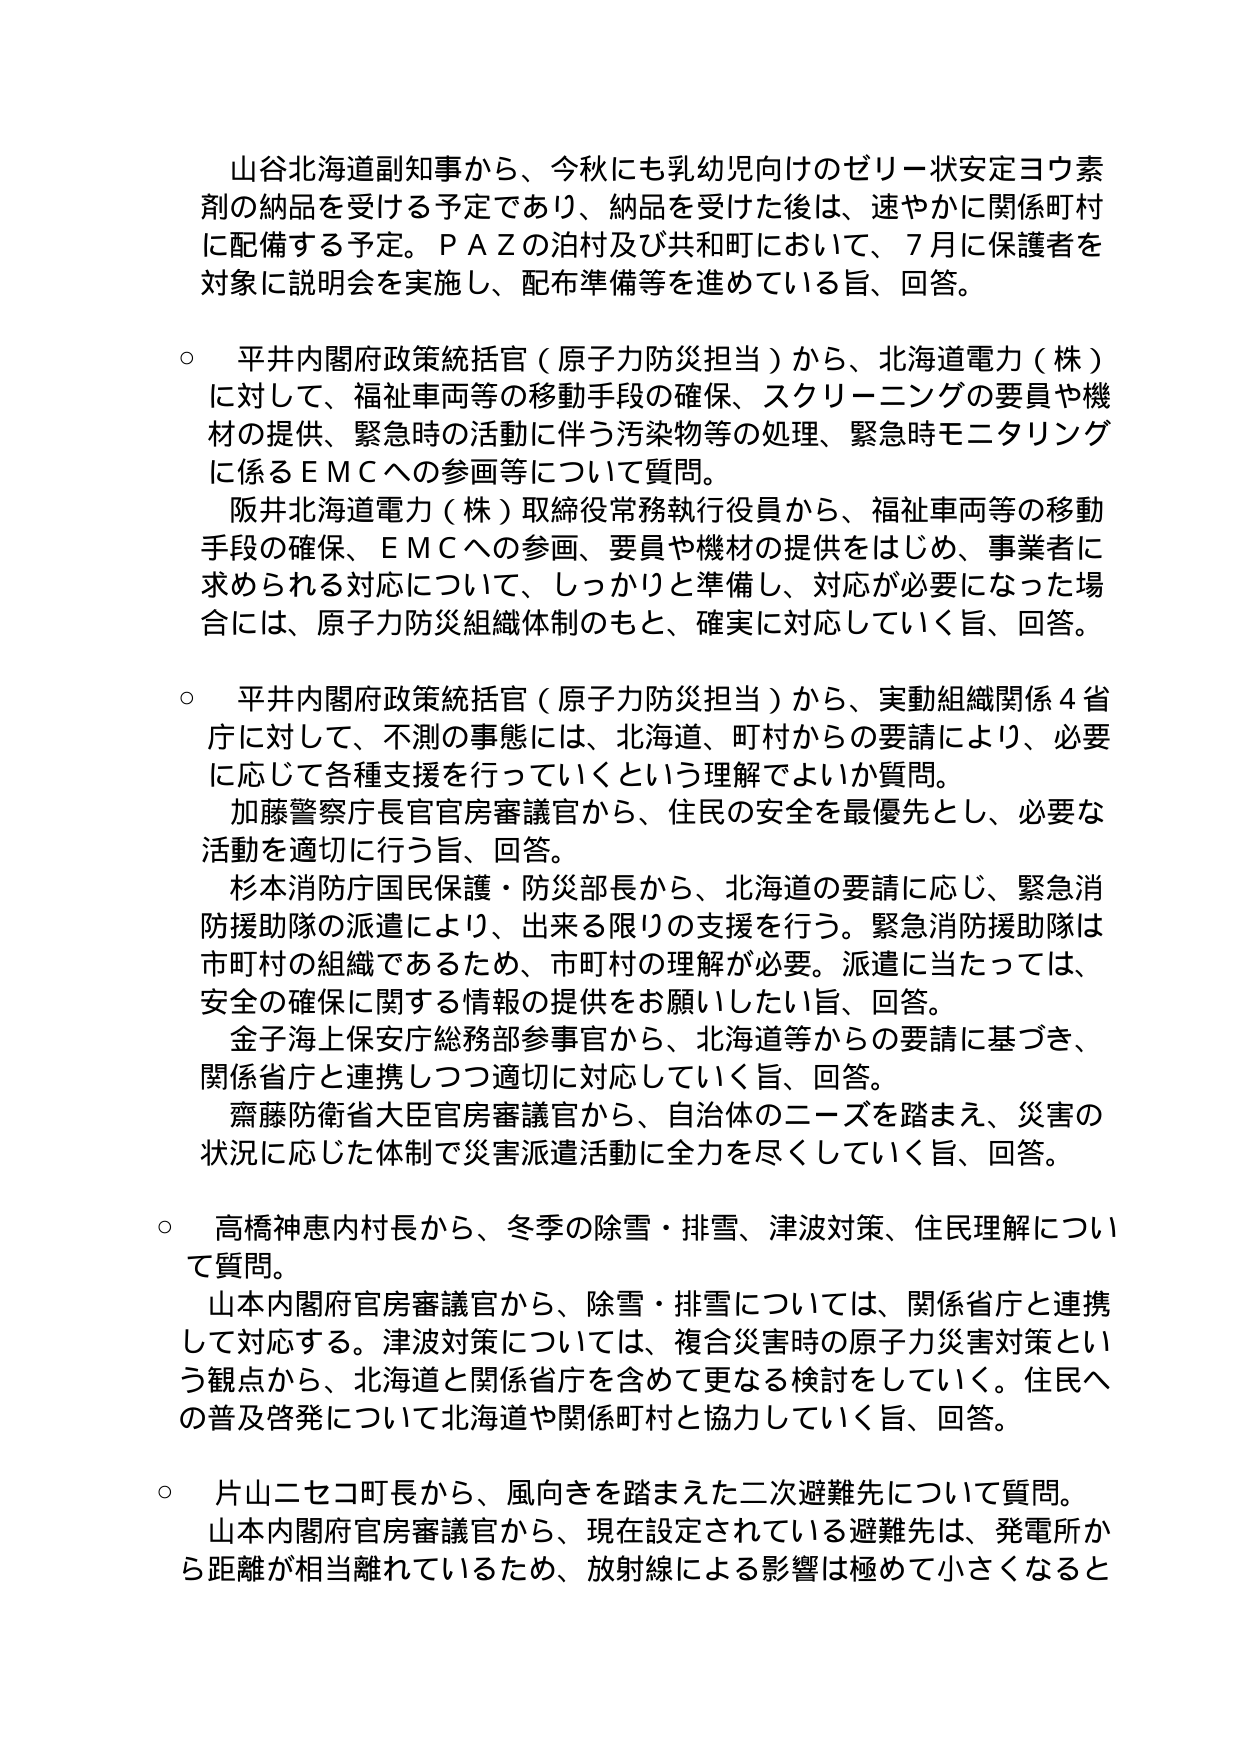
山谷北海道副知事から、今秋にも乳幼児向けのゼリー状安定ヨウ素剤の納品を受ける予定であり、納品を受けた後は、速やかに関係町村に配備する予定。ＰＡＺの泊村及び共和町において、７月に保護者を対象に説明会を実施し、配布準備等を進めている旨、回答。

○ 平井内閣府政策統括官（原子力防災担当）から、北海道電力（株）に対して、福祉車両等の移動手段の確保、スクリーニングの要員や機材の提供、緊急時の活動に伴う汚染物等の処理、緊急時モニタリングに係るＥＭＣへの参画等について質問。
　阪井北海道電力（株）取締役常務執行役員から、福祉車両等の移動手段の確保、ＥＭＣへの参画、要員や機材の提供をはじめ、事業者に求められる対応について、しっかりと準備し、対応が必要になった場合には、原子力防災組織体制のもと、確実に対応していく旨、回答。

○ 平井内閣府政策統括官（原子力防災担当）から、実動組織関係４省庁に対して、不測の事態には、北海道、町村からの要請により、必要に応じて各種支援を行っていくという理解でよいか質問。
　加藤警察庁長官官房審議官から、住民の安全を最優先とし、必要な活動を適切に行う旨、回答。
　杉本消防庁国民保護・防災部長から、北海道の要請に応じ、緊急消防援助隊の派遣により、出来る限りの支援を行う。緊急消防援助隊は市町村の組織であるため、市町村の理解が必要。派遣に当たっては、安全の確保に関する情報の提供をお願いしたい旨、回答。
　金子海上保安庁総務部参事官から、北海道等からの要請に基づき、関係省庁と連携しつつ適切に対応していく旨、回答。
　齋藤防衛省大臣官房審議官から、自治体のニーズを踏まえ、災害の状況に応じた体制で災害派遣活動に全力を尽くしていく旨、回答。

○ 高橋神恵内村長から、冬季の除雪・排雪、津波対策、住民理解について質問。
　山本内閣府官房審議官から、除雪・排雪については、関係省庁と連携して対応する。津波対策については、複合災害時の原子力災害対策という観点から、北海道と関係省庁を含めて更なる検討をしていく。住民への普及啓発について北海道や関係町村と協力していく旨、回答。

○ 片山ニセコ町長から、風向きを踏まえた二次避難先について質問。
　山本内閣府官房審議官から、現在設定されている避難先は、発電所から距離が相当離れているため、放射線による影響は極めて小さくなると